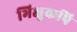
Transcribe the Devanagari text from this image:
भिक्षुकपि